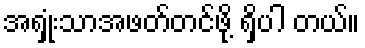
အရှုံးသာအဖတ်တင်ဖို့ ရှိပါ တယ်။